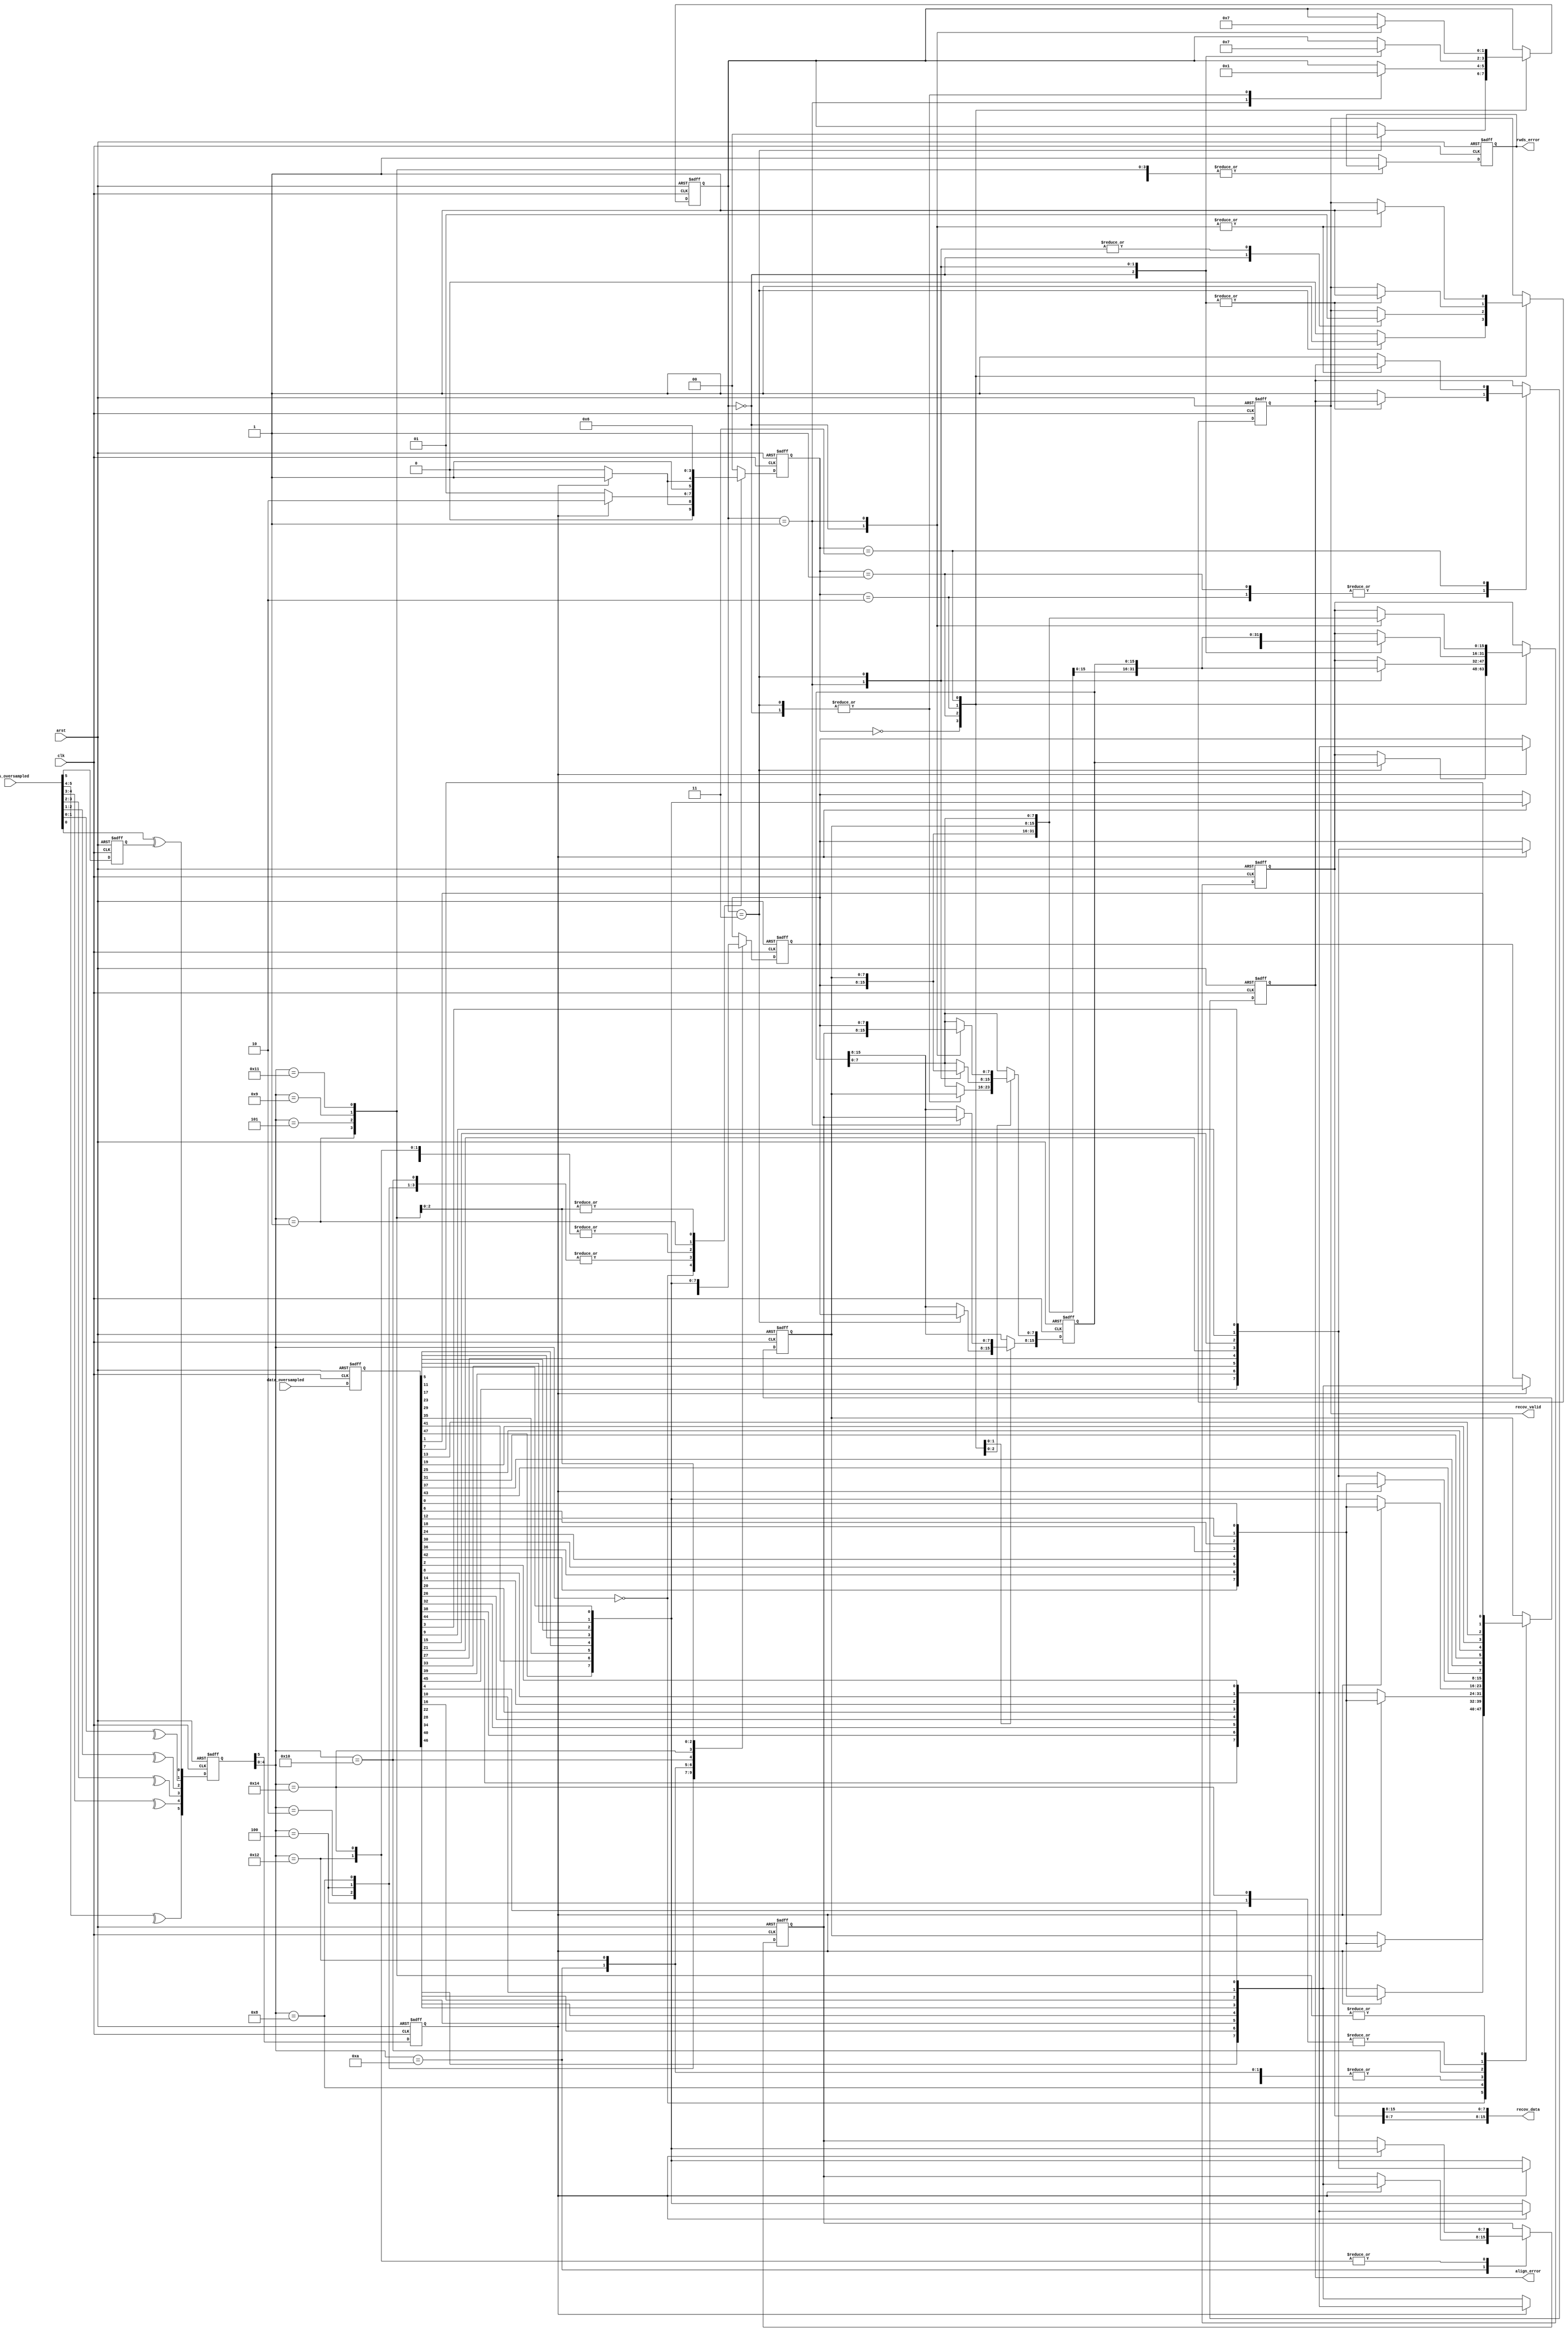
// This program was cloned from: https://github.com/OVGN/OpenHBMC
// License: Apache License 2.0

/* 
 * ----------------------------------------------------------------------------
 *  Project:  OpenHBMC
 *  Purpose:  Data recovery unit.
 * ----------------------------------------------------------------------------
 *  Copyright  2020-2022, Vaagn Oganesyan <ovgn@protonmail.com>
 *  
 *  Licensed under the Apache License, Version 2.0 (the "License");
 *  you may not use this file except in compliance with the License.
 *  You may obtain a copy of the License at
 *  
 *      http://www.apache.org/licenses/LICENSE-2.0
 *  
 *  Unless required by applicable law or agreed to in writing, software
 *  distributed under the License is distributed on an "AS IS" BASIS,
 *  WITHOUT WARRANTIES OR CONDITIONS OF ANY KIND, either express or implied.
 *  See the License for the specific language governing permissions and
 *  limitations under the License.
 * ----------------------------------------------------------------------------
 */


/*----------------------------------------------------------------------------------------------------------------------------*/
/*
 * STEP_0
 * 
 * Samples at the edges of the RWDS strobe are "X", i.e. metastable:
 *
 * ____________________________  ______  ______  ______  ______  ______  _     _  ______  ______  ______  ____________________
 * DATA                        \/ D[0] \/ D[1] \/ D[2] \/ D[3] \/ D[4] \/  ...  \/D(N+1)\/D(N+2)\/D(N+3)\/                    
 * ____________________________/\______/\______/\______/\______/\______/\_ ... _/\______/\______/\______/\____________________
 *                               ______          ______          ______           ______          ______                      
 * RWDS                         /      \        /      \        /      \         /      \        /      \                     
 * ____________________________/        \______/        \______/        \_ ... _/        \______/        \____________________
 *                                                                                                                            
 *  ^   ^   ^   ^   ^   ^   ^   ^   ^   ^   ^   ^   ^   ^   ^   ^   ^   ^        ^   ^   ^   ^   ^   ^   ^   ^   ^   ^   ^   ^
 *  0   0   0   0   0   0   0   X   1   X   0   X   1   X   0   X   1   X        X   1   X   0   X   1   X   0   0   0   0   0
 */
/*----------------------------------------------------------------------------------------------------------------------------*/
/*
 * STEP_1             STEP_2                    STEP_3     STEP_4     STEP_5     STEP_6     STEP_7
 *
 * Deserializer       a. Samples with single    XOR edge   Removed    Bit[5]     Removed    U value
 * possible output       X value produce two    detection  repeated   is carry   repeated   can be
 * values for RWDS:      possible samples.      vectors:   vectors:   out:       vectors:   1 or 0:
 *                    b. Samples with two X
 *                       values produce four
 *     543210            possible samples.
 *     ------         c. Repeated samples
 *     000000            are removed.
 *     00000x                                    
 *     000001            543210                 543210     543210     543210     543210     543210
 *     0000x1            ------                 ------     ------     ------     ------     ------
 *     000011            000000                 00000U     00000U     c0000U     c0000U     c00000 - OK, check carry_in
 * +-- 000x11            000001                 00001U     00001U     c0001U     c0001U     c00010 - OK, check carry_in
 * |                     000011                 00010U     00010U     c0010U     c0010U     c00100 - OK, check carry_in
 * +-> 000111 <----+     000111                 00100U     00100U     c0100U     c0100U     c01000 - OK, check carry_in
 *     00x11x      |     000110                 00101U     00101U     c0101U     c0101U     c01010 - OK, check carry_in
 *     001110      |     001110                 01001U     01001U     c1001U     c1001U     c10010 - OK, check carry_in
 *     0x11x0      |     001111                 01000U     01000U     c1000U     c1000U     c10000 - OK, check carry_in
 *     011100      |     001100                 01010U     01010U     c1010U     c1010U     c10100 - OK, check carry_in
 *     x11x00      |     011100                 10010U     10010U     c0010U     ^carry_out
 *     111000 --+  |     011110                 10001U     10001U     c0001U                c00001 - OK, carry_in is impossible
 *     11x00x   |  |     011000                 10100U     10100U     c0100U                c00011 - NO, reject (stuck 1's)
 *     110001   |  |     111000                 00100U     10000U     c0000U                c00101 - OK, carry_in is impossible
 *     1x00x1   |  |     111100                 00010U                ^carry_out            c01001 - OK, carry_in is impossible
 *     100011   |  |     110000                 01000U                                      c01011 - NO, reject ( > 2 edges + stuck 1's)
 *     x00x11 --|--+     110001                 01001U                                      c10011 - NO, reject ( > 2 edges + stuck 1's)
 *              |        111001                 00101U                                      c10001 - OK, carry_in is impossible
 *     11x000 <-+        100001                 10001U                                      c10101 - NO, reject ( > 2 edges)
 *     110000            100011                 10010U                                      ^carry_out
 *     1x0000            110011                 01010U
 *     100000            100111                 10100U
 *     x00000            100000                 10000U
 *     000000                                        ^
 *                                                   Undefined,
 *                                                  (depends on
 *                                                   previous
 *                                                   sample)
 */
/*----------------------------------------------------------------------------------------------------------------------------*/
/*
 *  Result:
 *
 *  5 43210
 *  - -----
 *  c 00000 - OK, check carry_in
 *  c 00010 - OK, check carry_in
 *  c 00100 - OK, check carry_in
 *  c 01000 - OK, check carry_in
 *  c 01010 - OK, check carry_in
 *  c 10010 - OK, check carry_in
 *  c 10000 - OK, check carry_in
 *  c 10100 - OK, check carry_in
 *  c 00001 - OK, carry_in is impossible
 *  c 00101 - OK, carry_in is impossible
 *  c 01001 - OK, carry_in is impossible
 *  c 10001 - OK, carry_in is impossible
 *  ^carry_out
 */
/*----------------------------------------------------------------------------------------------------------------------------*/


`default_nettype none
`timescale 1ps / 1ps


module hbmc_dru
(
    input   wire            clk,
    input   wire            arst,
    input   wire    [5:0]   rwds_oversampled,
    input   wire    [47:0]  data_oversampled,
    output  wire            recov_valid,
    output  wire    [15:0]  recov_data,
    output  reg             align_error,
    output  reg             rwds_error
);

/*----------------------------------------------------------------------------------------------------------------------------*/

    reg             prev_last_bit;
    reg     [5:0]   rwds_pair_xor;
    reg     [47:0]  data_pipeline;
    
    
    always @(posedge clk or posedge arst) begin
        if (arst) begin
            prev_last_bit <= 1'b0;
            rwds_pair_xor <=  {6{1'b0}};
            data_pipeline <= {48{1'b0}};
        end else begin
            /* Single bit pipeline delay for input data
             * to compensate edge detection stage delay */
            data_pipeline <= data_oversampled;
            
            /* Saving previous sample last bit to detect
             * an edge at the transition of two samples */
            prev_last_bit <= rwds_oversampled[5];
            
            /* RWDS edge detection vector */
            rwds_pair_xor <= {
                                 ^ rwds_oversampled[5:4],
                                 ^ rwds_oversampled[4:3],
                                 ^ rwds_oversampled[3:2],
                                 ^ rwds_oversampled[2:1],
                                 ^ rwds_oversampled[1:0],
                                   rwds_oversampled[0] ^ prev_last_bit
                             };
        end
    end
    
/*----------------------------------------------------------------------------------------------------------------------------*/
    
    genvar i;
    
    wire    [7:0]   data_mux_0;
    wire    [7:0]   data_mux_1;
    wire    [7:0]   data_mux_2;
    wire    [7:0]   data_mux_3;
    wire    [7:0]   data_mux_4;
    wire    [7:0]   data_mux_5;
    
    
    /* Data bus states at different sample positions */
    generate
        for (i = 0; i < 8; i = i + 1) begin : data_sample_mux
            assign data_mux_0[i] = data_pipeline[6 * i + 0];
            assign data_mux_1[i] = data_pipeline[6 * i + 1];
            assign data_mux_2[i] = data_pipeline[6 * i + 2];
            assign data_mux_3[i] = data_pipeline[6 * i + 3];
            assign data_mux_4[i] = data_pipeline[6 * i + 4];
            assign data_mux_5[i] = data_pipeline[6 * i + 5];
        end
    endgenerate
    
/*----------------------------------------------------------------------------------------------------------------------------*/
    
    reg             carry;
    reg     [7:0]   data_0;
    reg     [7:0]   data_1;
    reg     [7:0]   data_2;
    reg     [1:0]   data_cnt;
    
    
    /* Current process performs data bytes recovery,
     * based on RWDS strobe state. At every cycle
     * FSM can recover and output up to 3 bytes max */
    always @(posedge clk or posedge arst) begin
        if (arst) begin
            carry      <= 1'b0;
            data_0     <= {8{1'b0}};
            data_1     <= {8{1'b0}};
            data_2     <= {8{1'b0}};
            data_cnt   <= {2{1'b0}};
            rwds_error <= 1'b0;
        end else begin
            
            /* This carry flag is used to indicate that
             * RWDS edge was detected at the last bit of
             * the previous 6-bit sample and valid data
             * should be captured at the 0-bit position
             * of the current data sample */
            carry <= rwds_pair_xor[5];
            
            case (rwds_pair_xor[4:0])
                
                5'b00000: begin
                    data_0   <= (carry)? data_mux_0 : data_0;
                    data_1   <= data_1;
                    data_2   <= data_2;
                    data_cnt <= (carry)? 2'd1 : 2'd0;
                end
                
                5'b00010: begin
                    data_0   <= (carry)? data_mux_0 : data_mux_2;
                    data_1   <= (carry)? data_mux_2 : data_1;
                    data_2   <= data_2;
                    data_cnt <= (carry)? 2'd2 : 2'd1;
                end
                
                5'b00100: begin
                    data_0   <= (carry)? data_mux_0 : data_mux_3;
                    data_1   <= (carry)? data_mux_3 : data_1;
                    data_2   <= data_2;
                    data_cnt <= (carry)? 2'd2 : 2'd1;
                end
                
                5'b01000: begin
                    data_0   <= (carry)? data_mux_0 : data_mux_4;
                    data_1   <= (carry)? data_mux_4 : data_1;
                    data_2   <= data_2;
                    data_cnt <= (carry)? 2'd2 : 2'd1;
                end
                
                5'b01010: begin
                    data_0   <= (carry)? data_mux_0 : data_mux_2;
                    data_1   <= (carry)? data_mux_2 : data_mux_4;
                    data_2   <= (carry)? data_mux_4 : data_2;
                    data_cnt <= (carry)? 2'd3 : 2'd2;
                end
                
                5'b10010: begin
                    data_0   <= (carry)? data_mux_0 : data_mux_2;
                    data_1   <= (carry)? data_mux_2 : data_mux_5;
                    data_2   <= (carry)? data_mux_5 : data_2;
                    data_cnt <= (carry)? 2'd3 : 2'd2;
                end
                
                5'b10000: begin
                    data_0   <= (carry)? data_mux_0 : data_mux_5;
                    data_1   <= (carry)? data_mux_5 : data_1;
                    data_2   <= data_2;
                    data_cnt <= (carry)? 2'd2 : 2'd1;
                end
                
                5'b10100: begin
                    data_0   <= (carry)? data_mux_0 : data_mux_3;
                    data_1   <= (carry)? data_mux_3 : data_mux_5;
                    data_2   <= (carry)? data_mux_5 : data_2;
                    data_cnt <= (carry)? 2'd3 : 2'd2;
                end
                
                5'b00001: begin
                    data_0   <= data_mux_1;
                    data_1   <= data_1;
                    data_2   <= data_2;
                    data_cnt <= 2'd1;
                end
                
                5'b00101: begin
                    data_0   <= data_mux_1;
                    data_1   <= data_mux_3;
                    data_2   <= data_2;
                    data_cnt <= 2'd2;
                end
                
                5'b01001: begin
                    data_0   <= data_mux_1;
                    data_1   <= data_mux_4;
                    data_2   <= data_2;
                    data_cnt <= 2'd2;
                end
                
                5'b10001: begin
                    data_0   <= data_mux_1;
                    data_1   <= data_mux_5;
                    data_2   <= data_2;
                    data_cnt <= 2'd2;
                end
                
                default: begin
                    data_0     <= data_0;
                    data_1     <= data_1;
                    data_2     <= data_2;
                    data_cnt   <= 2'd0;
                    rwds_error <= 1'b1;
                end
                
            endcase
        end
    end
    
/*----------------------------------------------------------------------------------------------------------------------------*/
    
    reg     [15:0]  temp;
    reg     [15:0]  data;
    reg     [1:0]   temp_valid;
    reg             data_valid;
    
    
    /* As data bytes recovery FSM produces unaligned
     * data stream, this FSM performs data realignment
     * by repacking incoming 1-3 byte width stream into
     * fixed 16-bit stream with valid strobe */
    always @(posedge clk or posedge arst) begin
        if (arst) begin
            temp        <= {16{1'b0}};
            data        <= {16{1'b0}};
            temp_valid  <= 2'b00;
            data_valid  <= 1'b0;
            align_error <= 1'b0;
        end else begin
            case (data_cnt)
                2'd0: begin
                    if (temp_valid == 2'b11) begin
                        data       <= temp;
                        data_valid <= 1'b1;
                        temp_valid <= 2'b00;
                    end else begin
                        data_valid <= 1'b0;
                    end
                end
                
                2'd1: begin
                    case (temp_valid)
                        2'b00: begin
                            data_valid <= 1'b0;
                            temp[7:0]  <= data_0;
                            temp_valid <= 2'b01;
                        end
                        
                        2'b01: begin
                            data       <= {data_0, temp[7:0]};
                            data_valid <= 1'b1;
                            temp_valid <= 2'b00;
                        end
                        
                        2'b11: begin
                            data       <= temp;
                            data_valid <= 1'b1;
                            temp[7:0]  <= data_0;
                            temp_valid <= 2'b01;
                        end
                        
                        default: begin
                            align_error <= 1'b1;
                        end
                    endcase
                end
                
                2'd2: begin
                    case (temp_valid)
                        2'b00: begin
                            data       <= {data_1, data_0};
                            data_valid <= 1'b1;
                            temp_valid <= 2'b00;
                        end
                        
                        2'b01: begin
                            data       <= {data_0, temp[7:0]};
                            data_valid <= 1'b1;
                            temp[7:0]  <= data_1;
                            temp_valid <= 2'b01;
                        end
                        
                        2'b11: begin
                            data       <= temp;
                            data_valid <= 1'b1;
                            temp       <= {data_1, data_0};
                            temp_valid <= 2'b11;
                        end
                        
                        default: begin
                            align_error <= 1'b1;
                        end
                    endcase
                end
                
                2'd3: begin
                    case (temp_valid)
                        2'b00: begin
                            data       <= {data_1, data_0};
                            data_valid <= 1'b1;
                            temp[7:0]  <= data_2;
                            temp_valid <= 2'b01;
                        end
                        
                        2'b01: begin
                            data       <= {data_0, temp[7:0]};
                            data_valid <= 1'b1;
                            temp       <= {data_2, data_1};
                            temp_valid <= 2'b11;
                        end
                        
                        default: begin
                            align_error <= 1'b1;
                        end
                    endcase
                end
            endcase
        end
    end
    
    
    assign recov_valid = data_valid;
    assign recov_data  = {data[7:0], data[15:8]};


endmodule

/*----------------------------------------------------------------------------------------------------------------------------*/

`default_nettype wire